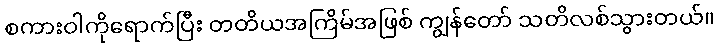
စကားဝါကိုရောက်ပြီး တတိယအကြိမ်အဖြစ် ကျွန်တော် သတိလစ်သွားတယ်။